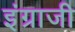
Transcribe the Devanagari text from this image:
इंग्राजी